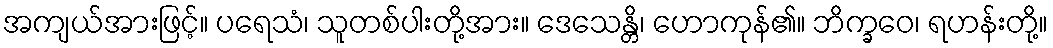
အကျယ်အားဖြင့်။ ပရေသံ၊ သူတစ်ပါးတို့အား။ ဒေသေန္တိ၊ ဟောကုန်၏။ ဘိက္ခဝေ၊ ရဟန်းတို့။